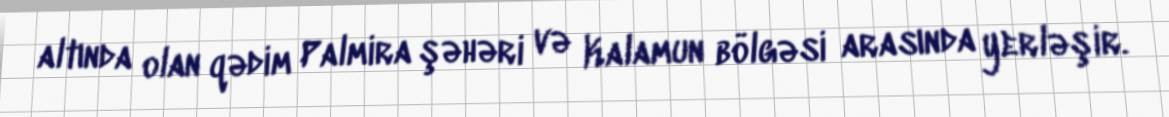
altında olan qədim Palmira şəhəri və Kalamun bölgəsi arasında yerləşir.